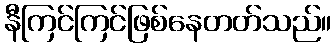
နီကြင်ကြင်ဖြစ်နေတတ်သည်။